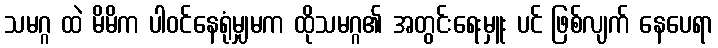
သမဂ္ဂ ထဲ မိမိက ပါဝင်နေရုံမျှမက ထိုသမဂ္ဂ၏ အတွင်းရေးမှူး ပင် ဖြစ်လျက် နေပေရာ